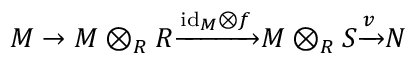
M \to M \otimes _ { R } R { \xrightarrow { { \mathrm { i d } } _ { M } \otimes f } } M \otimes _ { R } S { \xrightarrow { v } } N